Scottish Certificate of Education, 1962
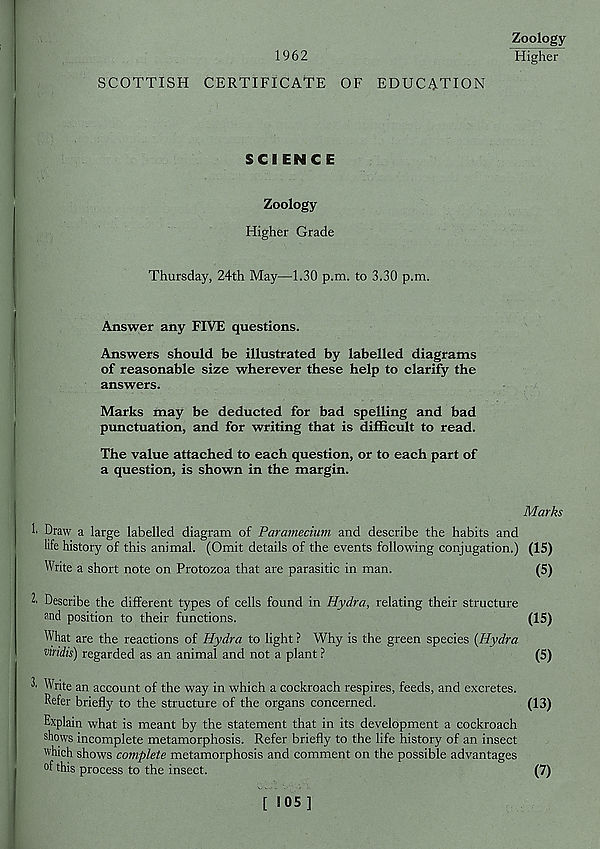
1962
Zoology
Higher
SCOTTISH CERTIFICATE OF EDUCATION
SCI ENC E
Zoology
Higher Grade
Thursday, 24th May—1.30 p.m. to 3.30 p.m.
Answer any FIVE questions.
Answers should be illustrated by labelled diagrams
of reasonable size wherever these help to clarify the
answers.
Marks may be deducted for bad spelling and bad
punctuation, and for writing that is difficult to read.
The value attached to each question, or to each part of
a question, is shown in the margin.
Marks
!■ Draw a large labelled diagram of Paramecium and describe the habits and
life history of this animal. (Omit details of the events following conjugation.) (15)
Write a short note on Protozoa that are parasitic in man.
(5)
2' Describe the different types of cells found in Hydra, relating their structure
?nd position to their functions.
(15)
What are the reactions of Hydra to light ? Why is the green species {Hydra
fifidis) regarded as an animal and not a plant ?
(5)
2' Write an account of the way in which a cockroach respires, feeds, and excretes.
Refer briefly to the structure of the organs concerned.
(13)
Explain what is meant by the statement that in its development a cockroach
shows incomplete metamorphosis. Refer briefly to the life history of an insect
which shows complete metamorphosis and comment on the possible advantages
°f this process to the insect.
(7)
[ !05]